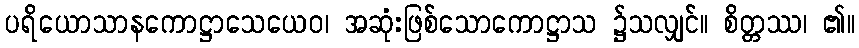
ပရိယောသာနကောဋ္ဌာသေယေဝ၊ အဆုံးဖြစ်သောကောဋ္ဌာသ ၌သလျှင်။ စိတ္တဿ၊ ၏။